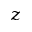
_ z